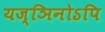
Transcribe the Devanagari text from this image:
यज्ञिनोऽपि